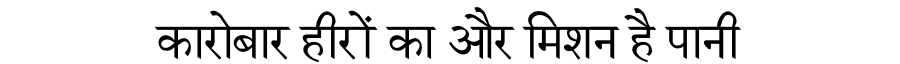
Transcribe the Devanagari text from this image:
कारोबार हीरों का और मिशन है पानी